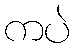
ကပဲ